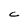
Character: C